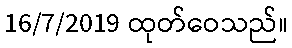
16/7/2019 ထုတ်ဝေသည်။